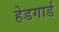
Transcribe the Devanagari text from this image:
हेडगार्ड